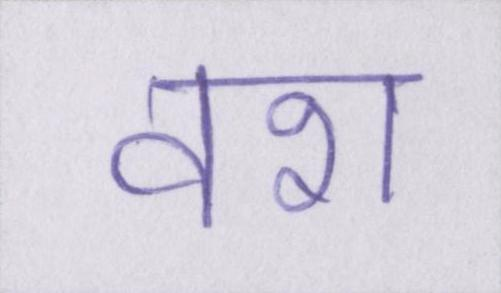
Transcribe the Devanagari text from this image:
वश